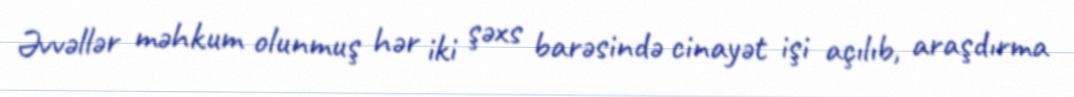
Əvvəllər məhkum olunmuş hər iki şəxs barəsində cinayət işi açılıb, araşdırma